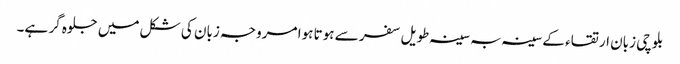
بلوچی زبان ارتقاء کے سینہ بہ سینہ طویل سفر سے ہوتا ہوا مروجہ زبان کی شکل میں جلوہ گر ہے۔